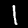
Digit: 1